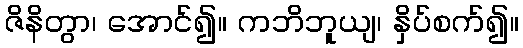
ဇိနိတွာ၊ အောင်၍။ ကဘိဘူယျ၊ နှိပ်စက်၍။